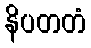
နိပတတံ